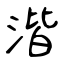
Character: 湝